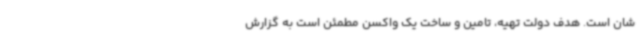
شان است. هدف دولت تهیه، تامین و ساخت یک واکسن مطمئن است به گزارش